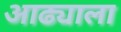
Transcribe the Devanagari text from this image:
आढ्याला